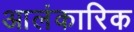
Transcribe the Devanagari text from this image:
आलंकारिक